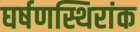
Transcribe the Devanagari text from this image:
घर्षणस्थिरांक